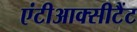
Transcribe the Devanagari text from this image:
एंटीआक्सीटैंट